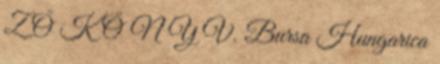
Z Ő K Ö N Y V. Bursa Hungarica